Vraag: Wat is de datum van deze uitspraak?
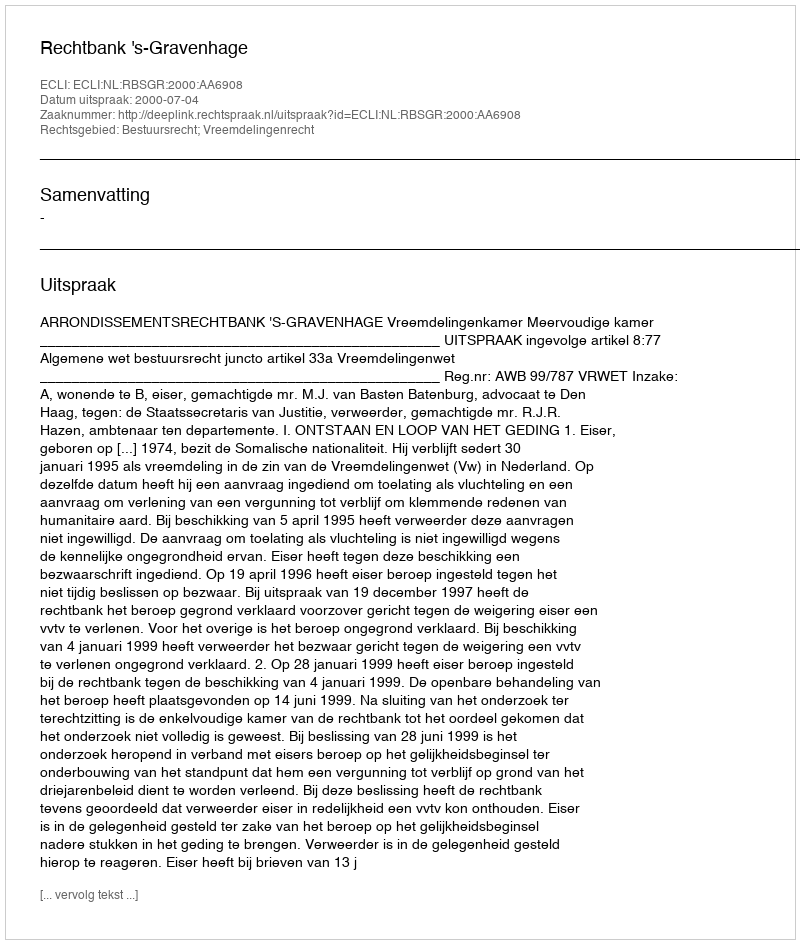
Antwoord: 2000-07-04